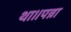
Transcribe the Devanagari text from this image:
था।।पन्ना